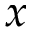
x